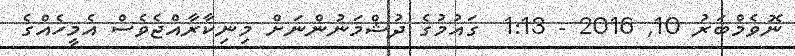
ނޮވެމްބަރު 10